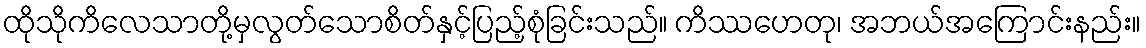
ထိုသိုကိလေသာတို့မှလွတ်သောစိတ်နှင့်ပြည့်စုံခြင်းသည်။ ကိဿဟေတု၊ အဘယ်အကြောင်းနည်း။